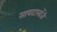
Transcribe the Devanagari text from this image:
सायटालॉजी